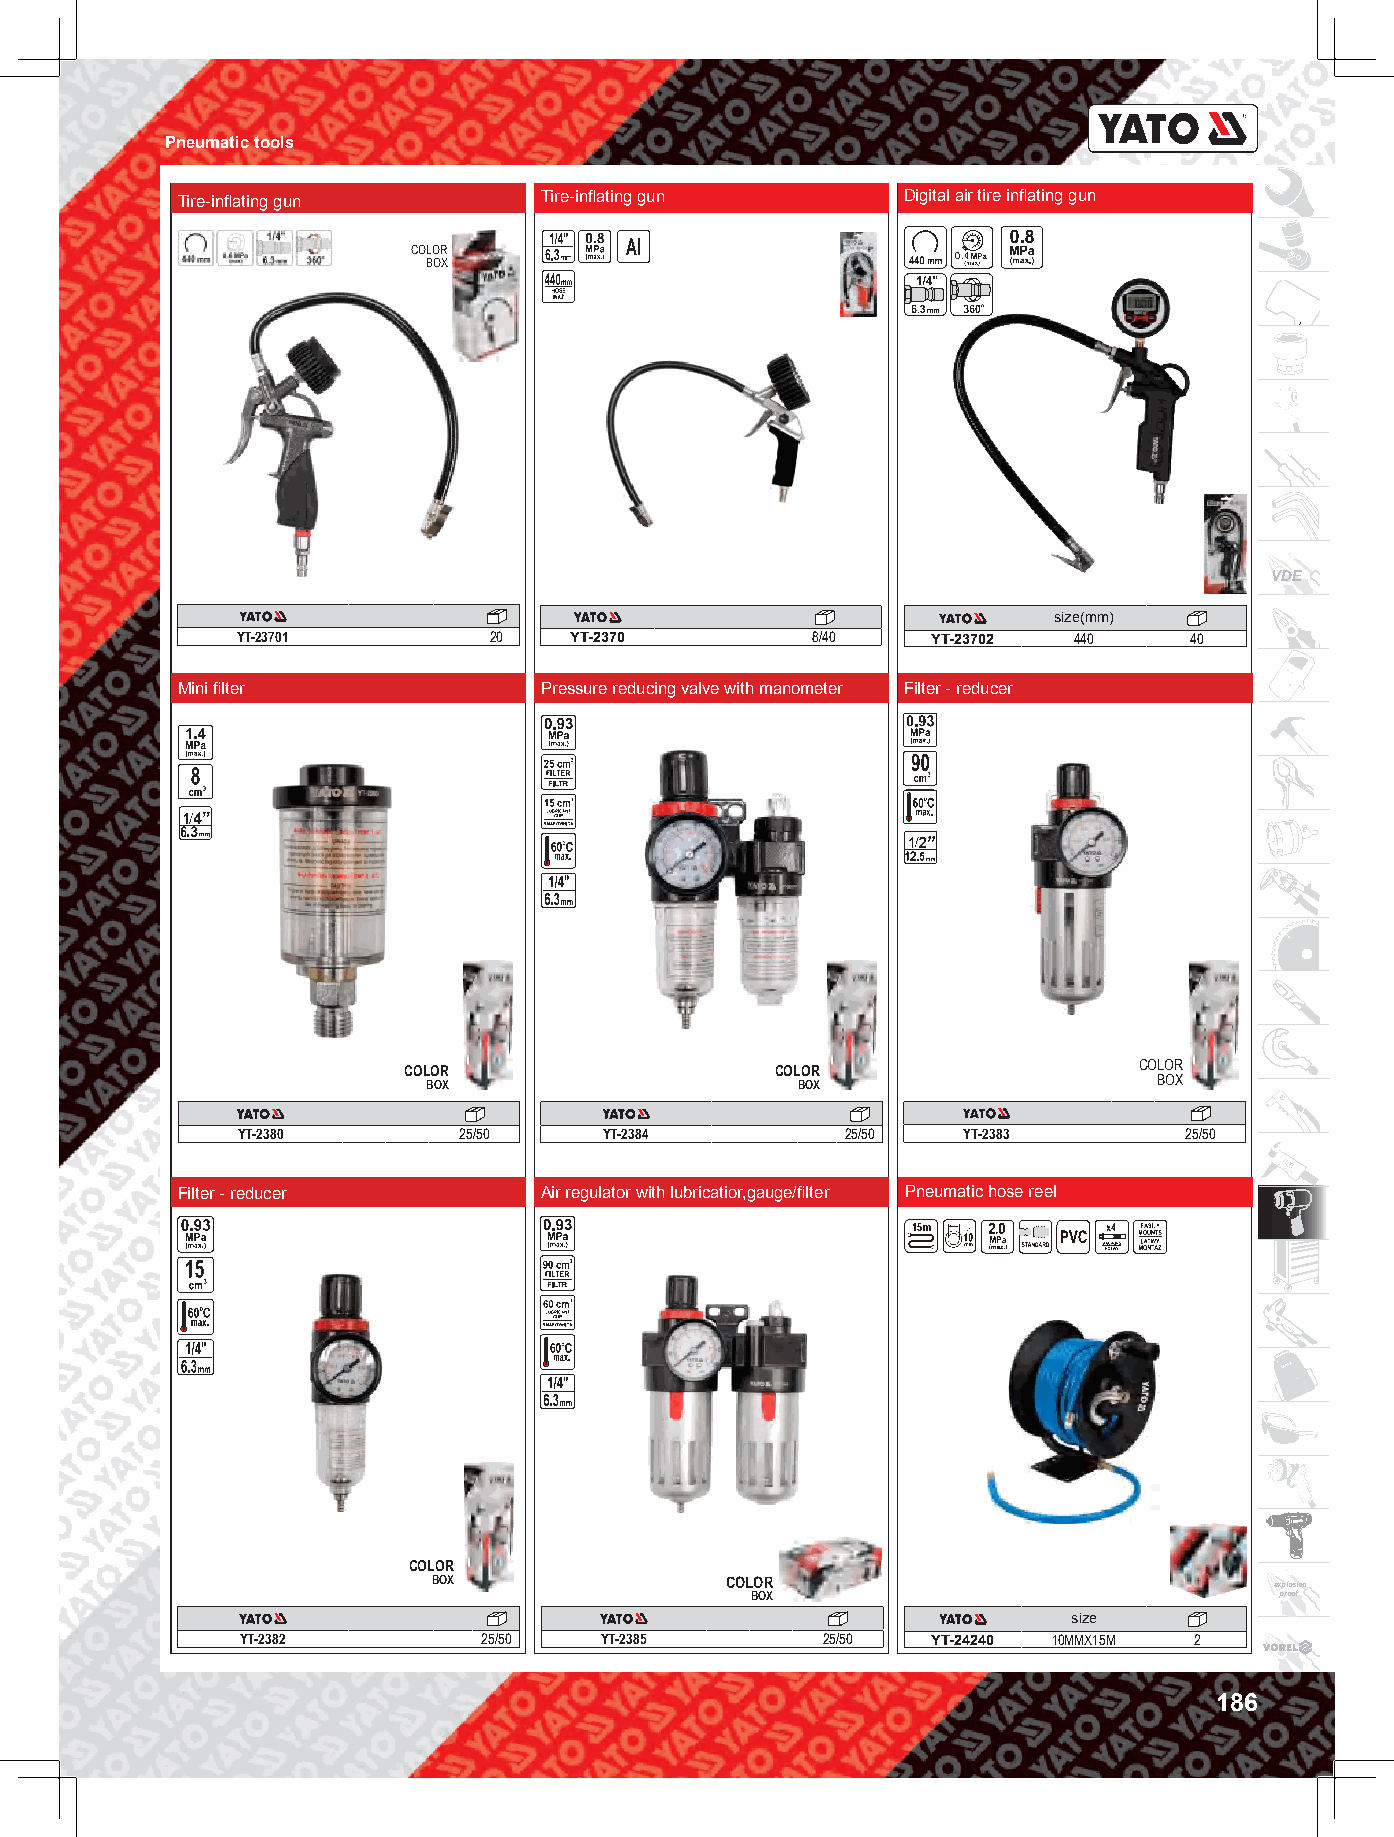
Pneumatic tools
 Tire-inflating gun      Tire-inflating gun      Digital air tire inflating gun
 COLOR                               0.4
 BOX
 VDE
 size(mm)
 YT-23701        20    YT-2370         8/40    YT-23702 440     40
 Mini filter             Pressure reducing valve with manometer Filter - reducer
 COLOR
 COLOR                   COLOR
 BOX                      BOX                     BOX
 YT-2380       25/50     YT-2384         25/50   YT-2383       25/50
 Filter - reducer        Air regulator with lubricatior,gauge/filter Pneumatic hose reel
 COLOR
 BOX                COLOR                               explosion
 BOX                                proof
 size
 YT-2382         25/50   YT-2385       25/50   YT-24240 10MMX15M 2
 186